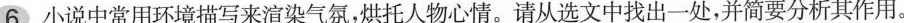
6小说中常用环境描写来渲染气氛，烘托人物心情。请从选文中找出一处，并简要分析其作用。